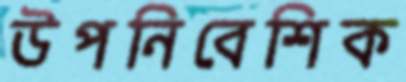
উপনিবেশিক